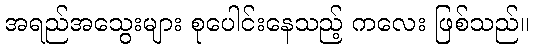
အရည်အသွေးများ စုပေါင်းနေသည့် ကလေး ဖြစ်သည်။